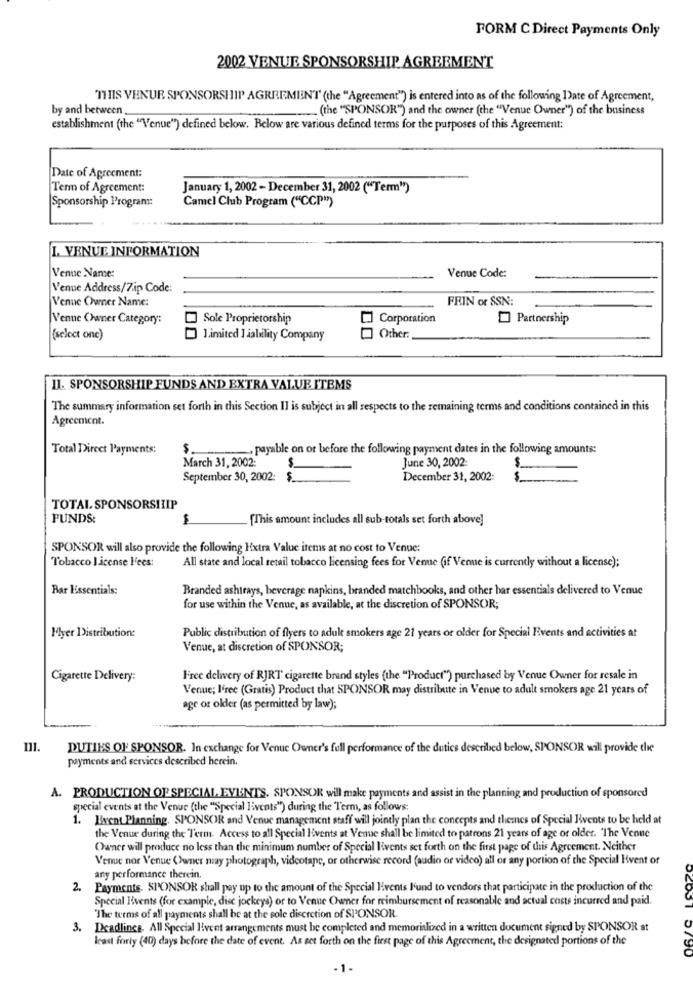
FORM C Direct Payments Only
2002 VENUE SPONSORSHIP AGREEMENT
THIS VENUE SPONSORSHIP AGREEMENT (the "Agreement") is entered into as of the following Date of Agreement,
by and between.
-.... (the "SPONSOR") and the owner [the "Venue Owner") of the business
establishment (the "Venue") defined below. Below are various defined terms for the purposes of this Agreement:
Date of Agreement:
Term of Agreement:
January 1, 2002- December 31, 2002 ("Term")
Sponsorship Programı:
Camel Club Program ("CCP"")
I. VENUE INFORMATION
Venue Name:
Venue Code:
Venue Address/Zip Code:
Venne Owner Name:
FRIN or SSN:
Venne Owner Category:
Sole Proprietorship
Corporation
Partnership
(select one)
Limited I jalility Company
Other:
II. SPONSORSHIP FUNDS AND EXTRA VALUE ITEMS
The summary information set forth in this Section II is subject in all respects to the remaining terms and conditions contained in this
Agreement.
Total Direct Payments:
$
payable on or before the following payment dates in the following amounts:
March 31, 2002:
June 30, 2002:
--
September 30, 2002:
$
December 31, 2002:
$
TOTAL SPONSORSHIP
FUNDS:
[This amount includes all sub-totals set forth above]
SPONSOR will also provide the following Extra Value items at no cost to Venue:
All state and local retail tobacco licensing fees for Venue (if Venue is currently without a license);
Tobacco License l'ees:
Bar Essentials:
Branded ashtrays, beverage napkins, branded matchbooks, and other har essentials delivered to Venue
for use within the Venue, as available, at the discretion of SPONSOR;
Myer Distribution:
Public distribution of flyers to adult smokers age 21 years or older for Special Events and activities at
Venue, at discretion of SPONSOR;
Cigarette Delivery:
Free delivery of RJRT cigarette brand styles (the "Product") purchased by Venue Owner for resale in
Venue; I'ree (Gratis) Product that SPONSOR may distribute in Venue to adult smokers age 21 years of
age or older (as permitted by law);
DUTIES OF SPONSOR. In exchange for Venue Owner's full performance of the duties described below, SPONSOR will provide the
payments and services described herein.
A. PRODUCTION OF SPECIAL EVENTS. SPONSOR will make payments and assist in the planning and production of sponsored
special events at the Venue (the "Special Events") during the Term, as follows:
1. Event Planning. SPONSOR and Venue management staff will jointly plan the concepts and themes of Special Iivents to be held at
the Venue during the Term. Access to all Special Events at Venue shall be limited to patrons 21 years of age or older. 'The Venue
Owner will produce no less than the minimum number of Special livents set forth on the first page of this Agreement. Neither
Venue nor Venue Owner may photograph, videotape, or otherwise record (audio or video) all or any portion of the Special Event of
any performance therein.
2.
Payments. SPONSOR shall pay up to the amount of the Special livents l'und to vendors that participate in the production of the
Special Events (for example, disc jockeys) or to Venne Owner for reimbursement of reasonable and actual costs incurred and paid.
"The terms of all payments shall be at the sole discretion of SPONSOR.
Deadlines. All Special Event arrangements must be completed and memoridied in a written document signed by SPONSOR at
kast forly (40) days before the date of event. As set forth on the first page of this Agreement, the designated portions of the
-1.